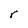
Character: r